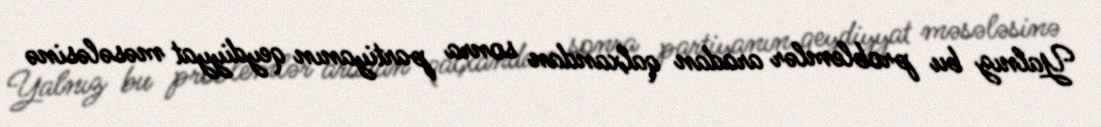
Yalnız bu problemlər aradan qalxandan sonra partiyanın qeydiyyat məsələsinə